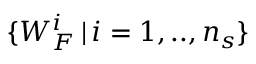
\{ W _ { F } ^ { i } \, | \, i = 1 , . . , n _ { s } \}